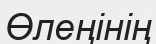
Өлеңінің